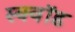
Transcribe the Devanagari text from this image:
स्क्वॉड